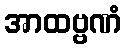
အာထဗ္ဗဏံ